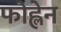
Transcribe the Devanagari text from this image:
फोह्लेन